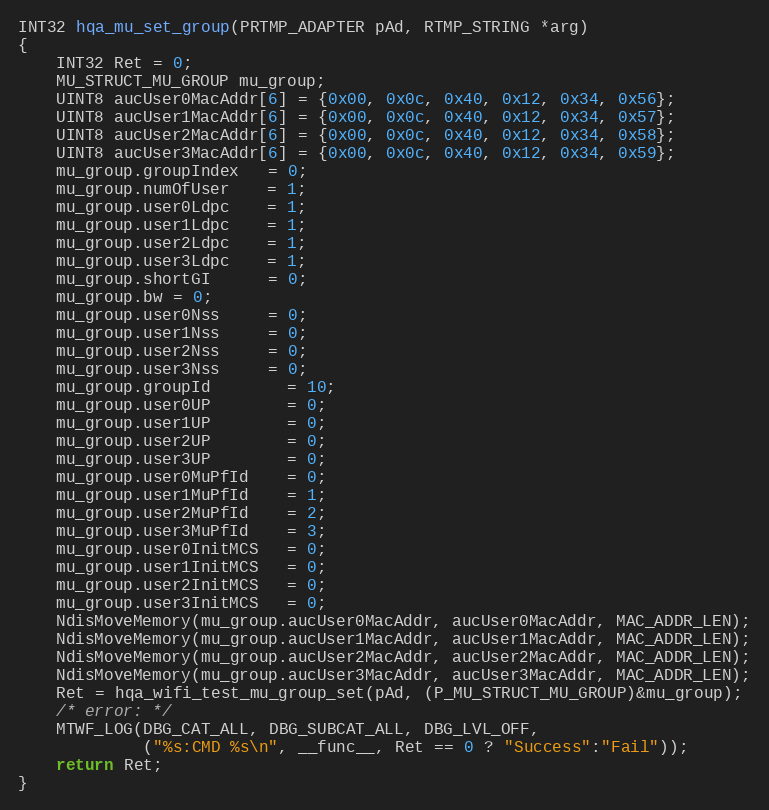
Language: C
INT32 hqa_mu_set_group(PRTMP_ADAPTER pAd, RTMP_STRING *arg)
{
	INT32 Ret = 0;
	MU_STRUCT_MU_GROUP mu_group;
	UINT8 aucUser0MacAddr[6] = {0x00, 0x0c, 0x40, 0x12, 0x34, 0x56};
	UINT8 aucUser1MacAddr[6] = {0x00, 0x0c, 0x40, 0x12, 0x34, 0x57};
	UINT8 aucUser2MacAddr[6] = {0x00, 0x0c, 0x40, 0x12, 0x34, 0x58};
	UINT8 aucUser3MacAddr[6] = {0x00, 0x0c, 0x40, 0x12, 0x34, 0x59};
	mu_group.groupIndex   = 0;
	mu_group.numOfUser    = 1;
	mu_group.user0Ldpc    = 1;
	mu_group.user1Ldpc    = 1;
	mu_group.user2Ldpc    = 1;
	mu_group.user3Ldpc    = 1;
	mu_group.shortGI      = 0;
	mu_group.bw = 0;
	mu_group.user0Nss     = 0;
	mu_group.user1Nss     = 0;
	mu_group.user2Nss     = 0;
	mu_group.user3Nss     = 0;
	mu_group.groupId        = 10;
	mu_group.user0UP        = 0;
	mu_group.user1UP        = 0;
	mu_group.user2UP        = 0;
	mu_group.user3UP        = 0;
	mu_group.user0MuPfId    = 0;
	mu_group.user1MuPfId    = 1;
	mu_group.user2MuPfId    = 2;
	mu_group.user3MuPfId    = 3;
	mu_group.user0InitMCS   = 0;
	mu_group.user1InitMCS   = 0;
	mu_group.user2InitMCS   = 0;
	mu_group.user3InitMCS   = 0;
	NdisMoveMemory(mu_group.aucUser0MacAddr, aucUser0MacAddr, MAC_ADDR_LEN);
	NdisMoveMemory(mu_group.aucUser1MacAddr, aucUser1MacAddr, MAC_ADDR_LEN);
	NdisMoveMemory(mu_group.aucUser2MacAddr, aucUser2MacAddr, MAC_ADDR_LEN);
	NdisMoveMemory(mu_group.aucUser3MacAddr, aucUser3MacAddr, MAC_ADDR_LEN);
	Ret = hqa_wifi_test_mu_group_set(pAd, (P_MU_STRUCT_MU_GROUP)&mu_group);
	/* error: */
	MTWF_LOG(DBG_CAT_ALL, DBG_SUBCAT_ALL, DBG_LVL_OFF,
			 ("%s:CMD %s\n", __func__, Ret == 0 ? "Success":"Fail"));
	return Ret;
}